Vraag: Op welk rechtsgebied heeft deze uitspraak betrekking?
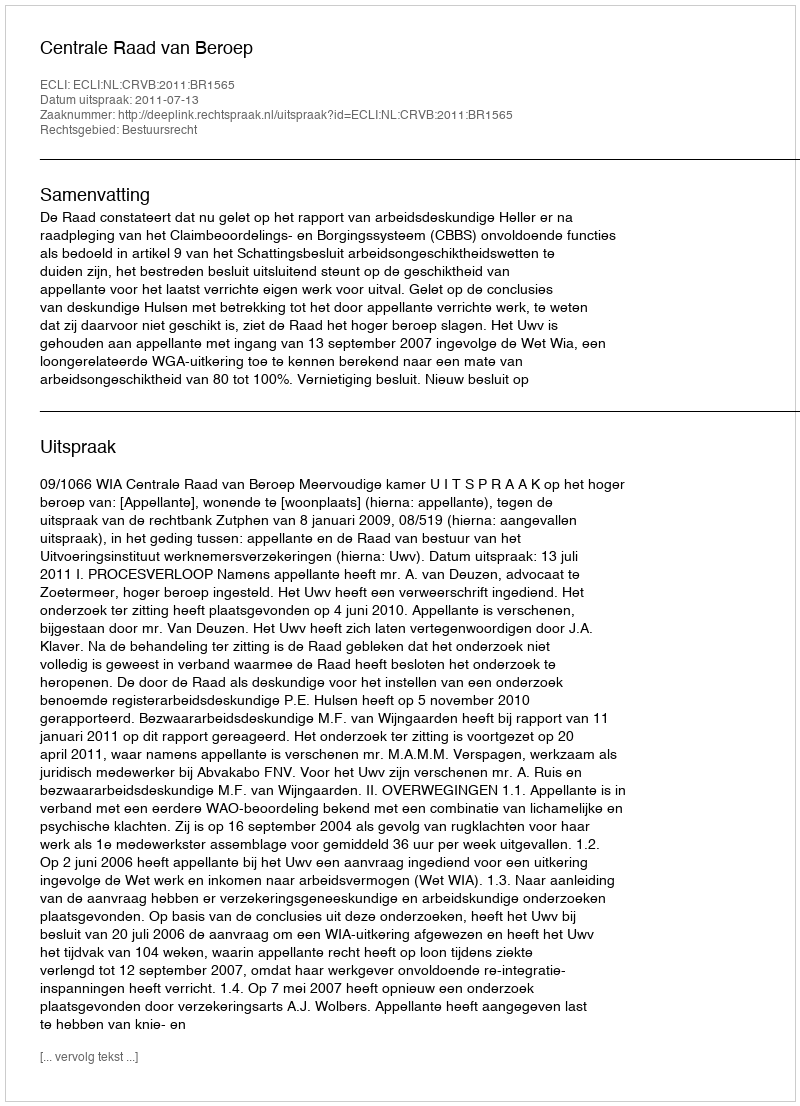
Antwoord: Bestuursrecht